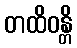
တထိဝန္တိ